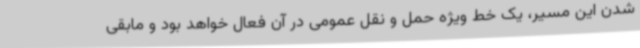
شدن این مسیر، یک خط ویژه حمل و نقل عمومی در آن فعال خواهد بود و مابقی